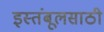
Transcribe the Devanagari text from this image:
इस्तंबूलसाठी